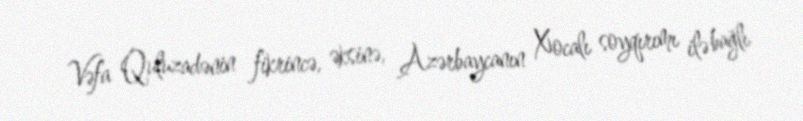
Vəfa Quluzadənin fikrincə, əksinə, Azərbaycanın Xocalı soyqırımı ilə bağlı